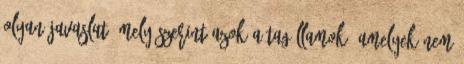
olyan javaslat, mely szerint azok a tagállamok, amelyek nem